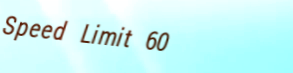
Speed Limit 60